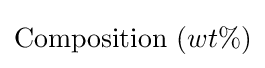
{\text{Composition}}\ (wt\%)